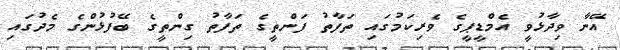
އޭނާ ވިދާޅުވީ އެމްޑީޕީގެ ވެރިކަމުގައި ތަފާތު ފަންތީގެ ތަފާތު ގިންތީގެ ބޭފުޅުންގެ މެދުގައި